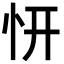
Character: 𭜕